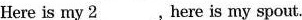
Here is my \underline{2}___ , here is my spout.